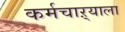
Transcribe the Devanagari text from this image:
कर्मचाऱ्याला